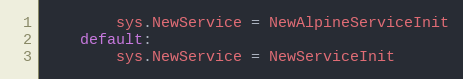
Language: Go
		sys.NewService = NewAlpineServiceInit
	default:
		sys.NewService = NewServiceInit